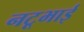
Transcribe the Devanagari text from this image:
नटूभाई